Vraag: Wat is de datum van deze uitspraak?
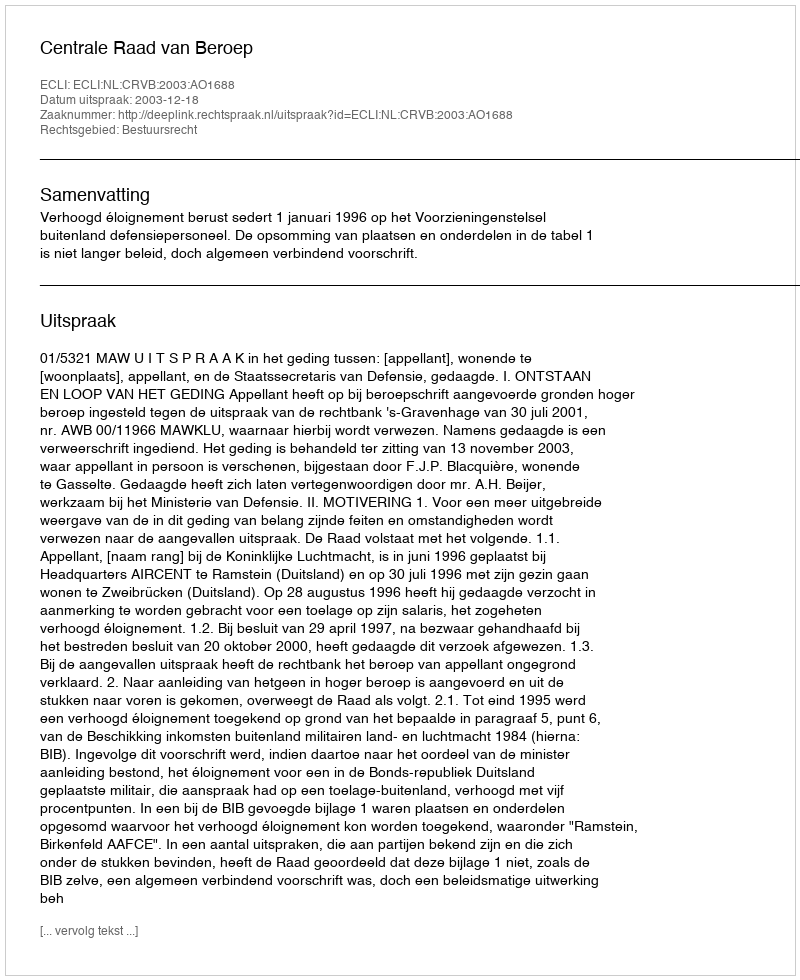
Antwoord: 2003-12-18